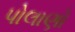
પોલાણો